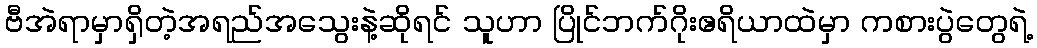
ဗီအဲရာမှာရှိတဲ့အရည်အသွေးနဲ့ဆိုရင် သူဟာ ပြိုင်ဘက်ဂိုးဧရိယာထဲမှာ ကစားပွဲတွေရဲ့